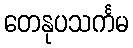
တေနုပသင်္ကမ